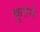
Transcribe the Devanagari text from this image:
कूतने